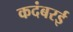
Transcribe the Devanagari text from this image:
कदंबरई